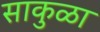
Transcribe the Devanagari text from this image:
साकुळा